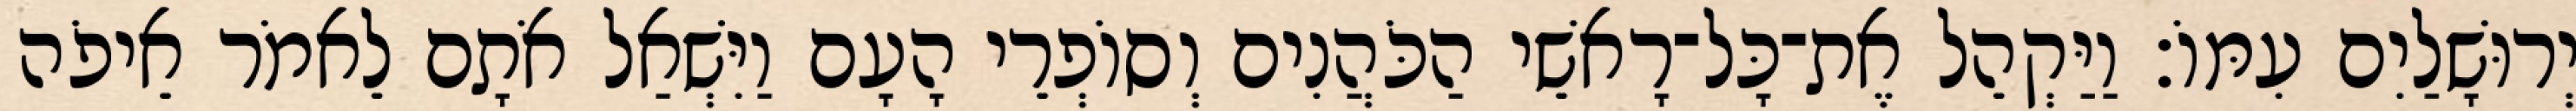
יְרוּשָׁלַיִם עִמּוֹ׃ וַיַּקְהֵל אֶת־כָּל־רָאשֵׁי הַכֹּהֲנִים וְסוֹפְרֵי הָעָם וַיִּשְׁאַל אֹתָם לֵאמֹר אֵיפֹה